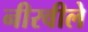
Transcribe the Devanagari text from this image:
नीरवीले